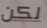
لكن